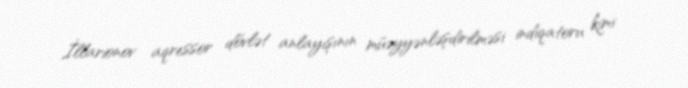
İllarionov aqressor dövlət anlayışının müəyyənləşdirilməsi indiqatoru kimi